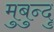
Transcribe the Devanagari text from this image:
मुबुन्दु